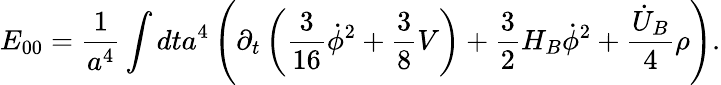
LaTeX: E_{00}=\frac{1}{a^{4}}\int dta^{4}\left(\partial_{t}\left(\frac{3}{16}\dot{\phi}^{2}+\frac{3}{8}V\right)+\frac{3}{2}H_{B}\dot{\phi}^{2}+\frac{\dot{U}_{B}}{4}\rho\right).